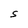
Character: S